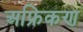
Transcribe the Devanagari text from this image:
अफ्रिकण